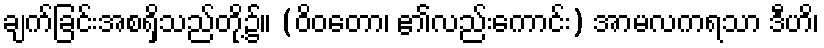
ချက်ခြင်းအစရှိသည်တို့၌။ (ဝိဝတော၊ ၏လည်းကောင်း) အာမလကရသာ ဒီဟိ၊